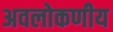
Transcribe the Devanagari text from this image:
अवलोकणीय